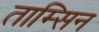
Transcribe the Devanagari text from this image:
ताम्सिन